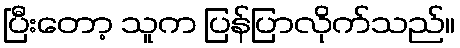
ပြီးတော့ သူက ပြန်ပြာလိုက်သည်။